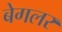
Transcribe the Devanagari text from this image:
बेगलर